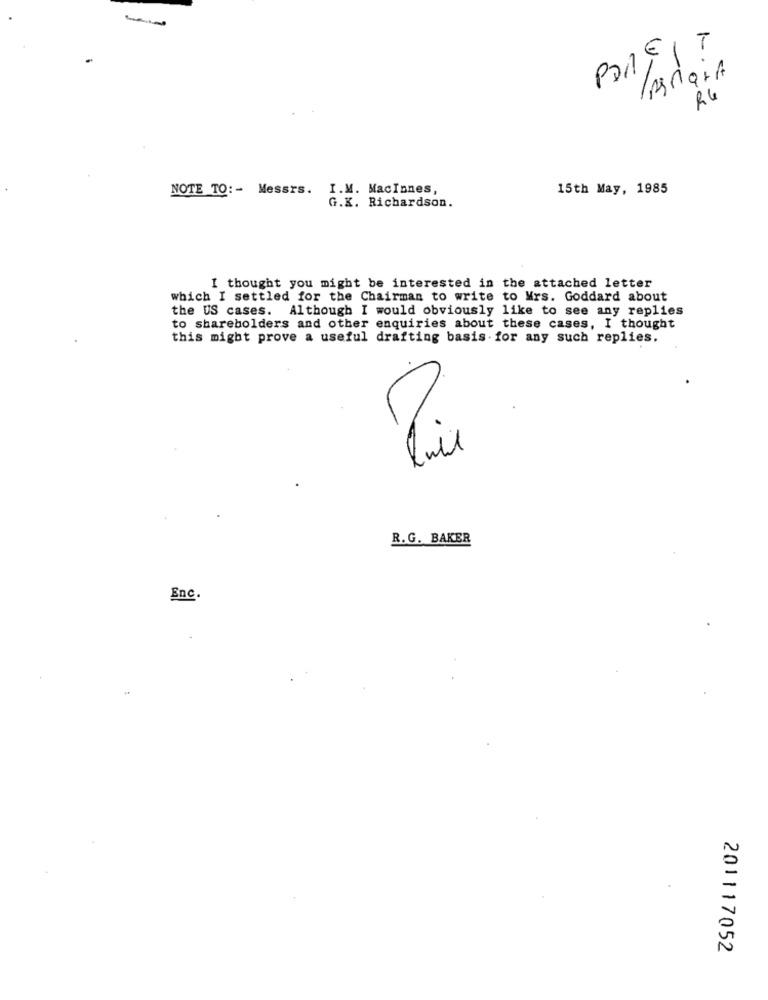
-
PORFIT
R4
NOTE TO :- Messrs. I.M. MacInnes,
15th May, 1985
G.K. Richardson.
I thought you might be interested in the attached letter
which I settled for the Chairman to write to Mrs. Goddard about
the US cases. Although I would obviously like to see any replies
to shareholders and other enquiries about these cases, I thought
this might prove a useful drafting basis for any such replies.
03
R.G. BAKER
Enc.
201117052